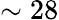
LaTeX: \sim 28